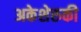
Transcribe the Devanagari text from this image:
अकेशेरुकी